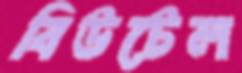
বিউটেল